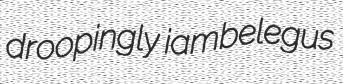
droopingly iambelegus